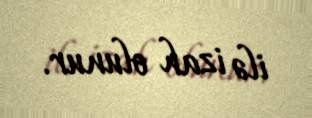
ilə izah olunur.